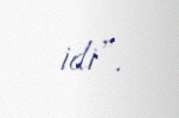
idi”.